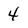
Character: 4